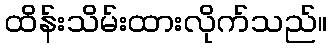
ထိန်းသိမ်းထားလိုက်သည်။